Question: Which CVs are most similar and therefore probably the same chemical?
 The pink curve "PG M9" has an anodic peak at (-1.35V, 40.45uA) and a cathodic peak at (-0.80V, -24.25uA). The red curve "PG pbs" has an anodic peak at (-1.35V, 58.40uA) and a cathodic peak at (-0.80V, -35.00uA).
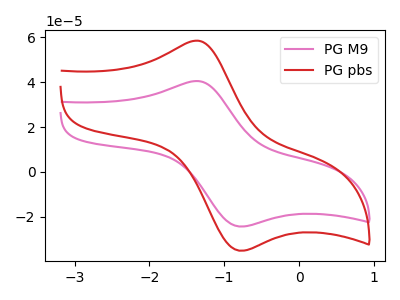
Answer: <think>All the peaks in "PG M9" have a peak in "PG pbs" at the same potential. Every peak in "PG M9" is lower than every peak in "PG pbs".
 </think>
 <answer>"PG M9" and "PG pbs" have the same shape and are likely CV's of the same chemical.</answer>
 <eval>"PG M9" "PG pbs"</eval>